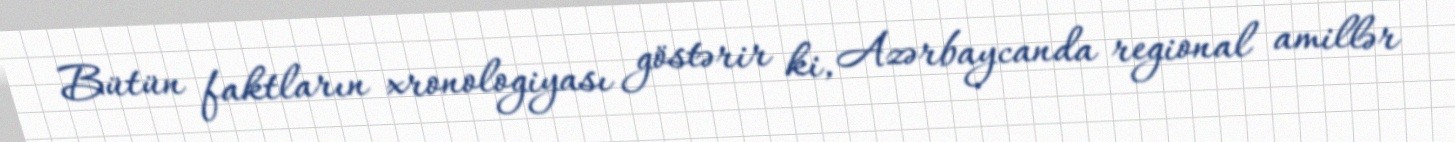
Bütün faktların xronologiyası göstərir ki, Azərbaycanda regional amillər